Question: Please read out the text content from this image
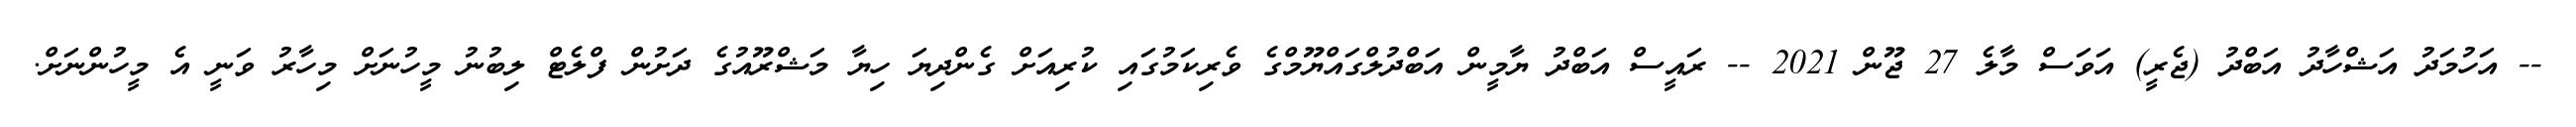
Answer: -- އަހުމަދު އަޝްހާދު އަބްދު (ޖެރީ) އަވަސް މާލެ 27 ޖޫން 2021 -- ރައީސް އަބްދު ޔާމީން އަބްދުލްގައްޔޫމްގެ ވެރިކަމުގައި ކުރިއަށް ގެންދިޔަ ހިޔާ މަޝްރޫއުގެ ދަށުން ފްލެޓް ލިބުނު މީހުނަށް މިހާރު ވަނީ އެ މީހުންނަށް.